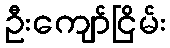
ဦးကျော်ငြိမ်း